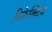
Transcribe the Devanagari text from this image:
रिफ्रेक्टिव